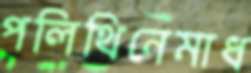
পলিথিনেমাধ